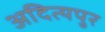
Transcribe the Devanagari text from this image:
अदित्यपुर